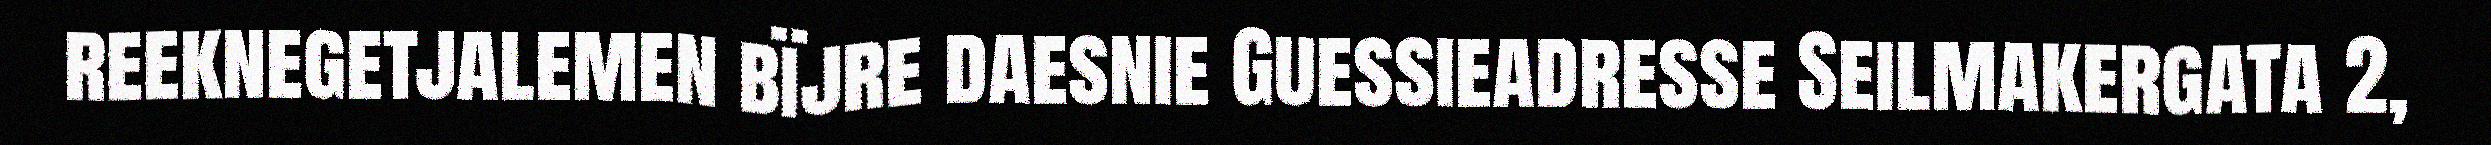
reeknegetjalemen bïjre daesnie Guessieadresse Seilmakergata 2,